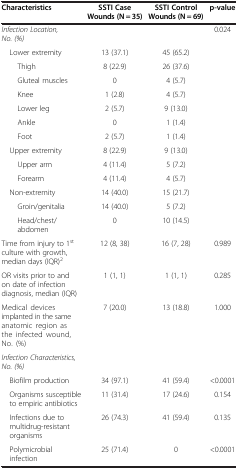
<table><thead><tr><td><b>Characteristics</b></td><td><b>SSTI Case Wounds (N = 35)</b></td><td><b>SSTI Control Wounds (N = 69)</b></td><td><b>p-value</b></td></tr></thead><tbody><tr><td><i>Infection Location, No. (%)</i></td><td> </td><td> </td><td>0.024</td></tr><tr><td> Lower extremity</td><td>13 (37.1)</td><td>45 (65.2)</td><td> </td></tr><tr><td>Thigh</td><td>8 (22.9)</td><td>26 (37.6)</td><td> </td></tr><tr><td>Gluteal muscles</td><td>0</td><td>4 (5.7)</td><td> </td></tr><tr><td>Knee</td><td>1 (2.8)</td><td>4 (5.7)</td><td> </td></tr><tr><td>Lower leg</td><td>2 (5.7)</td><td>9 (13.0)</td><td> </td></tr><tr><td>Ankle</td><td>0</td><td>1 (1.4)</td><td> </td></tr><tr><td>Foot</td><td>2 (5.7)</td><td>1 (1.4)</td><td> </td></tr><tr><td> Upper extremity</td><td>8 (22.9)</td><td>9 (13.0)</td><td> </td></tr><tr><td>Upper arm</td><td>4 (11.4)</td><td>5 (7.2)</td><td> </td></tr><tr><td>Forearm</td><td>4 (11.4)</td><td>4 (5.7)</td><td> </td></tr><tr><td> Non-extremity</td><td>14 (40.0)</td><td>15 (21.7)</td><td> </td></tr><tr><td>Groin/genitalia</td><td>14 (40.0)</td><td>5 (7.2)</td><td> </td></tr><tr><td>Head/chest/abdomen</td><td>0</td><td>10 (14.5)</td><td> </td></tr><tr><td>Time from injury to 1<sup>st</sup> culture with growth, median days (IQR)<sup>2</sup></td><td>12 (8, 38)</td><td>16 (7, 28)</td><td>0.989</td></tr><tr><td>OR visits prior to and on date of infection diagnosis, median (IQR)</td><td>1 (1, 1)</td><td>1 (1, 1)</td><td>0.285</td></tr><tr><td>Medical devices implanted in the same anatomic region as the infected wound, No. (%)</td><td>7 (20.0)</td><td>13 (18.8)</td><td>1.000</td></tr><tr><td><i>Infection Characteristics, No. (%)</i></td><td> </td><td> </td><td> </td></tr><tr><td> Biofilm production</td><td>34 (97.1)</td><td>41 (59.4)</td><td>&lt;0.0001</td></tr><tr><td> Organisms susceptible to empiric antibiotics</td><td>11 (31.4)</td><td>17 (24.6)</td><td>0.154</td></tr><tr><td> Infections due to multidrug-resistant organisms</td><td>26 (74.3)</td><td>41 (59.4)</td><td>0.135</td></tr><tr><td> Polymicrobial infection</td><td>25 (71.4)</td><td>0</td><td>&lt;0.0001</td></tr></tbody></table>